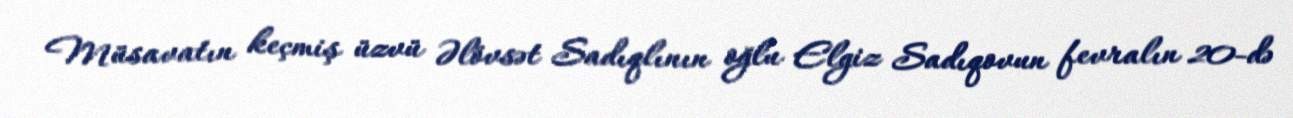
Müsavatın keçmiş üzvü Əlövsət Sadıqlının oğlu Elgiz Sadıqovun fevralın 20-də